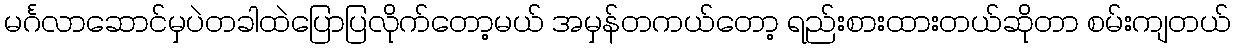
မင်္ဂလာဆောင်မှပဲတခါထဲပြောပြလိုက်တော့မယ် အမှန်တကယ်တော့ ရည်းစားထားတယ်ဆိုတာ စမ်းကျတယ်